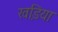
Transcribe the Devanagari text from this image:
खडि़या